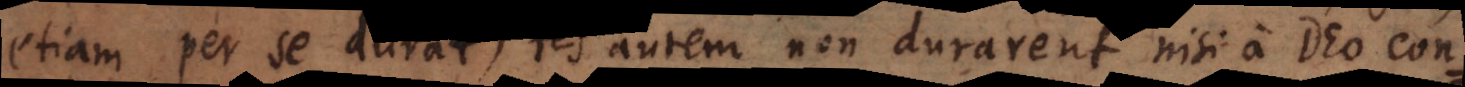
etiam per se durat, res autem non durarent nisi a Deo con